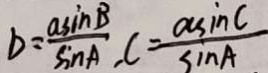
b = \frac { a \sin B } { \sin A } , C = \frac { a \sin C } { \sin A }